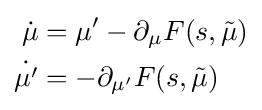
{\begin{aligned}{\dot {\mu }}&=\mu '-\partial _{\mu }F(s,{\tilde {\mu }})\\{\dot {\mu '}}&=-\partial _{\mu '}F(s,{\tilde {\mu }})\end{aligned}}